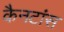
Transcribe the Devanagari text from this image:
कैनटांस